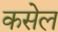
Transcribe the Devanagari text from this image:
कसेल